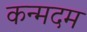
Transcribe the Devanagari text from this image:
कन्मदम